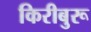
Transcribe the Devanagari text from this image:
किरीबुरू